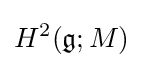
H^{2}({\mathfrak {g}};M)